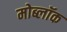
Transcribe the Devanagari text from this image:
मोब्लॉक